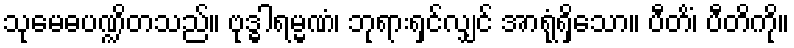
သုမေဓပဏ္ဍိတသည်။ ဗုဒ္ဓါရမ္မဏံ၊ ဘုရားရှင်လျှင် အာရုံရှိသော။ ပီတိံ၊ ပီတိကို။